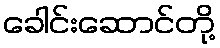
ခေါင်းဆောင်တို့